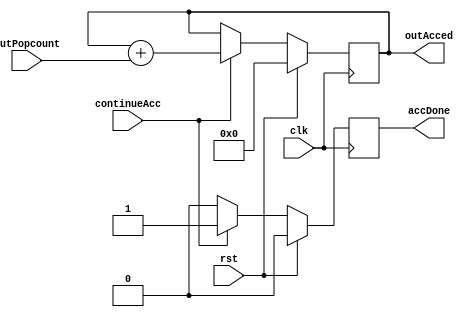

module Accumulator
//Parameters 
#(parameter
popcount_width = 16
)
//Arguments 
(
  input clk,
  input rst,
  input continueAcc, 
  input signed [popcount_width-1:0] outPopcount, 
  output signed [popcount_width-1:0] outAcced,
  output accDone 
); 

//Var Declaration
 
reg signed [popcount_width-1:0] acced;
reg done;

// Def

always @(posedge clk) 
    begin 
      if (rst) 
		begin
			acced <= 0; 
			done <= 0;
		end
      else 
		begin
		  if(continueAcc)
				begin
					acced <= acced + outPopcount;
					done <= 1;
				end
		else done <= 0;
    end
				
    end
	
  assign outAcced = acced;
  assign accDone = done;
      
endmodule